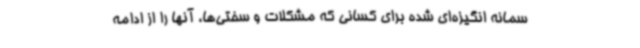
سمانه انگیزه‌ای شده برای کسانی که مشکلات و سختی‌ها، آنها را از ادامه